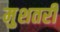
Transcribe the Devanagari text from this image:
मुशतरी